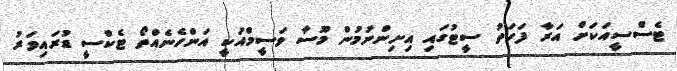
ޓެސްސީއަކަށް އަރާ ފަހަތު ސީޓުގައި އިށިންނުމުން މޫސާ ވަސީމްއަކީ އަންހެނެއްތޯ ޓެކްސީ ޑުރައިވަރު